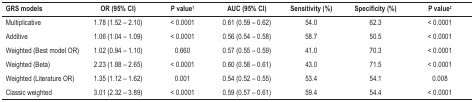
<table><thead><tr><td><b>GRS models</b></td><td><b>OR (95% CI)</b></td><td><b>P value<sup>1</sup></b></td><td><b>AUC (95% CI)</b></td><td><b>Sensitivity (%)</b></td><td><b>Specificity (%)</b></td><td><b>P value<sup>2</sup></b></td></tr></thead><tbody><tr><td>Multiplicative</td><td>1.78 (1.52 – 2.10)</td><td>&lt; 0.0001</td><td>0.61 (0.59 – 0.62)</td><td>54.0</td><td>62.3</td><td>&lt; 0.0001</td></tr><tr><td>Additive</td><td>1.06 (1.04 – 1.09)</td><td>&lt; 0.0001</td><td>0.56 (0.54 – 0.58)</td><td>58.7</td><td>50.5</td><td>&lt; 0.0001</td></tr><tr><td>Weighted (Best model OR)</td><td>1.02 (0.94 – 1.10)</td><td>0.660</td><td>0.57 (0.55 – 0.59)</td><td>41.0</td><td>70.3</td><td>&lt; 0.0001</td></tr><tr><td>Weighted (Beta)</td><td>2.23 (1.88 – 2.65)</td><td>&lt; 0.0001</td><td>0.60 (0.58 – 0.61)</td><td>43.0</td><td>71.5</td><td>&lt; 0.0001</td></tr><tr><td>Weighted (Literature OR)</td><td>1.35 (1.12 – 1.62)</td><td>0.001</td><td>0.54 (0.52 – 0.55)</td><td>53.4</td><td>54.1</td><td>0.008</td></tr><tr><td>Classic weighted</td><td>3.01 (2.32 – 3.89)</td><td>&lt; 0.0001</td><td>0.59 (0.57 – 0.61)</td><td>59.4</td><td>54.4</td><td>&lt; 0.0001</td></tr></tbody></table>